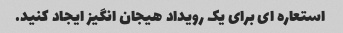
استعاره ای برای یک رویداد هیجان انگیز ایجاد کنید.